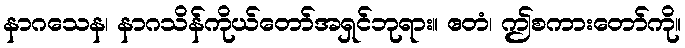
နာဂသေန၊ နာဂသိန်ကိုယ်တော်အရှင်ဘုရား။ ဧတံ၊ ဤစကားတော်ကို။